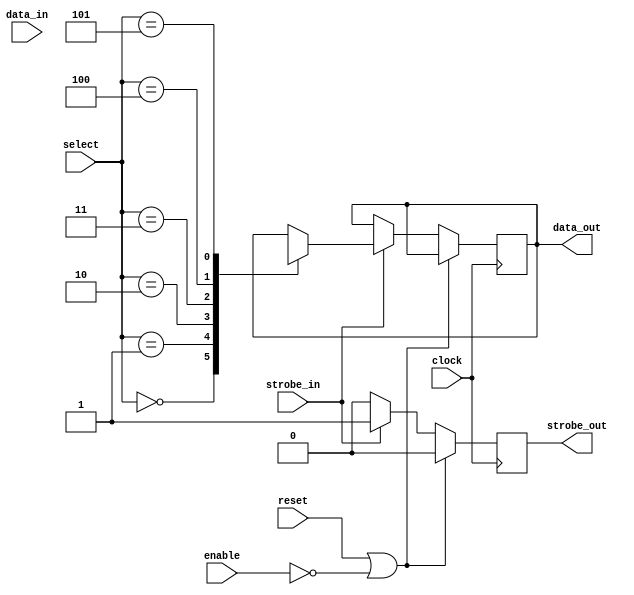
// -*- verilog -*-
//
//  USRP - Universal Software Radio Peripheral
//
//  Copyright (C) 2010 John Brzustowski
//
//  This program is free software; you can redistribute it and/or modify
//  it under the terms of the GNU General Public License as published by
//  the Free Software Foundation; either version 2 of the License, or
//  (at your option) any later version.
//
//  This program is distributed in the hope that it will be useful,
//  but WITHOUT ANY WARRANTY; without even the implied warranty of
//  MERCHANTABILITY or FITNESS FOR A PARTICULAR PURPOSE.  See the
//  GNU General Public License for more details.
//
//  You should have received a copy of the GNU General Public License
//  along with this program; if not, write to the Free Software
//  Foundation, Inc., 51 Franklin Street, Boston, MA  02110-1301  USA
//

// multiplex data sources
// data are packed from high to low order in data_in. select chooses which slice to use,
// with select=0 choosing the lowest order data.

// NOTE: the case statement below must contain cases for all possible values of select
// because there seems to be no way to programmatically generate them.  Yikes.
// Or (more likely) I just don't know enough verilog.

module multiplex
  (clock,reset,enable,select,data_in,strobe_in,data_out,strobe_out);

   parameter data_width = 16;
   parameter num_channels = 5;
   parameter select_width = 3; // must be able to hold up to num_channels-1
   
   input clock;
   input reset;
   input enable;
   input [select_width - 1:0] select;
   input [data_width * num_channels - 1:0] data_in;
   input 		  strobe_in;
   
   output reg [data_width-1:0] data_out;
   output reg 		       strobe_out;

   always @(posedge clock)
     if(reset | ~enable)
       begin
	  strobe_out <= #1 0;
       end
     else if (strobe_in)
       begin
	  case (select) // ugly: can't use for loop with genvar??
	    0:
	      data_out <= #1 data_in[data_width-1:0];
	    1:
	      data_out <= #1 data_in[2 * data_width-1:data_width];
	    2:
	      data_out <= #1 data_in[3 * data_width-1: 2 * data_width];
	    3:
	      data_out <= #1 data_in[4 * data_width-1: 3 * data_width];
	    4:
	      data_out <= #1 data_in[5 * data_width-1: 4 * data_width];
	    5:
	      data_out <= #1 data_in[6 * data_width-1: 5 * data_width];
	  endcase
	  strobe_out <= #1 1;
       end
     else
       strobe_out <= #1 0;
   
endmodule // multiplex